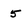
Character: 5